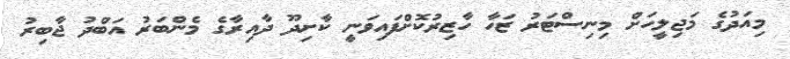
މިއަދުގެ މަޖިލީހަށް މިނިސްޓަރު ޒަހާ ހާޒިރުކޮށްފައިވަނީ ކާށިދޫ ދާއިރާގެ މެންބަރު އަބްދު ޖާބިރު